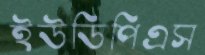
ইউডিপিএস